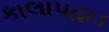
કાલાપહાડ